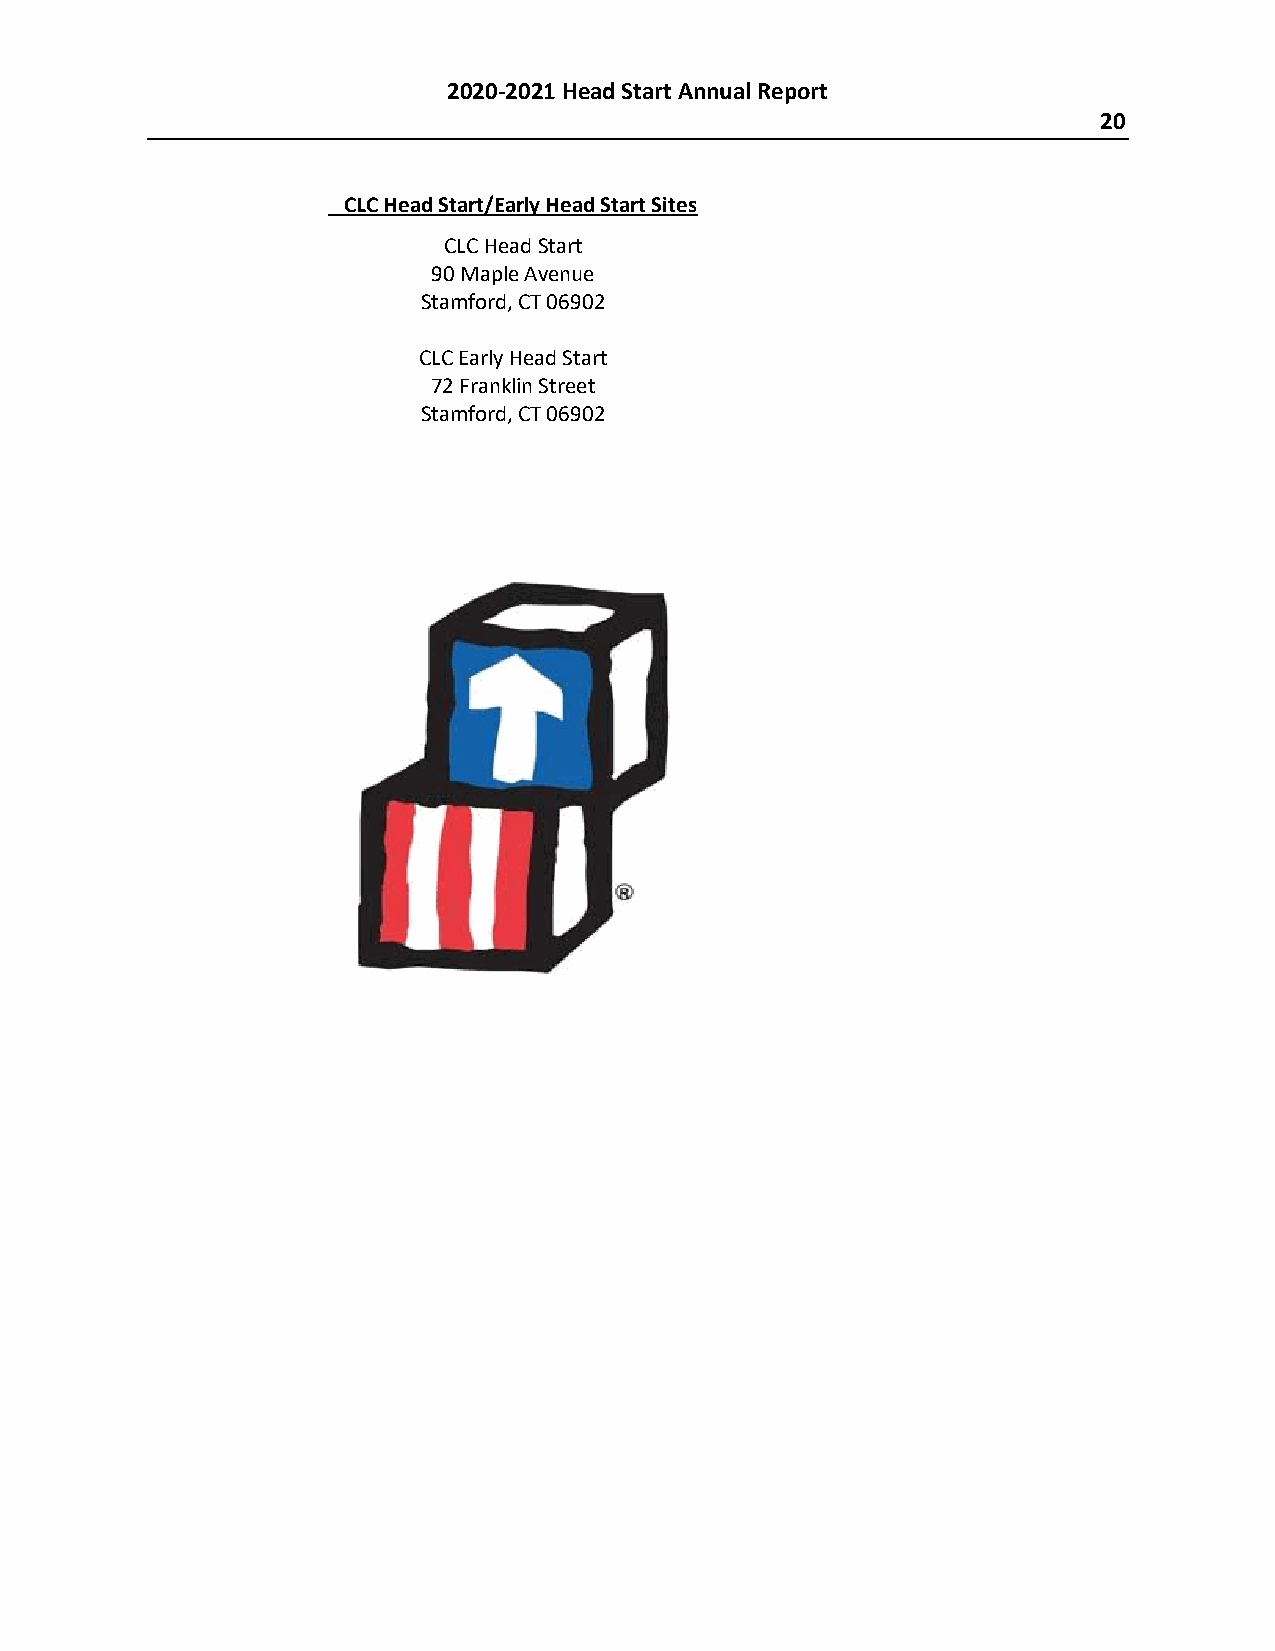
2020-2021 Head Start Annual Report
 20
 CLC Head Start/Early Head Start Sites
 CLC Head Start
 90 Maple Avenue
 Stamford, CT 06902
 CLC Early Head Start
 72 Franklin Street
 Stamford, CT 06902